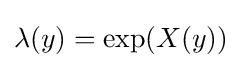
\lambda (y)=\exp(X(y))